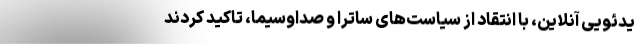
یدئویی آنلاین، با انتقاد از سیاست‌های ساترا و صداوسیما، تاکید کردند